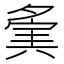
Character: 𡖷